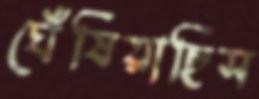
ঘেঁষিয়াছিস